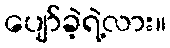
ပျော်ခဲ့ရဲ့လား။